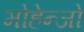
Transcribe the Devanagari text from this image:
मोहेन्जो